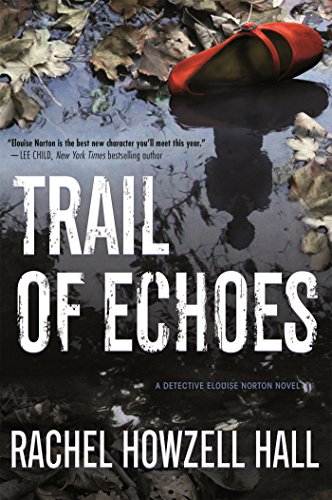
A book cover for Trail of Echoes; Rachel Howzell Hall; Mystery, Thriller & Suspense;